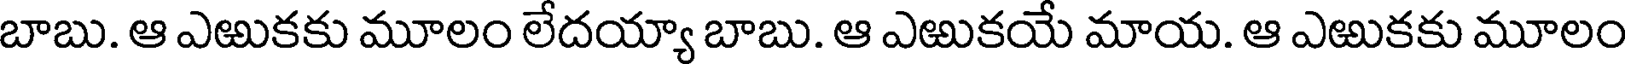
బాబు. ఆ ఎఱుకకు మూలం లేదయ్యా బాబు. ఆ ఎఱుకయే మాయ. ఆ ఎఱుకకు మూలం